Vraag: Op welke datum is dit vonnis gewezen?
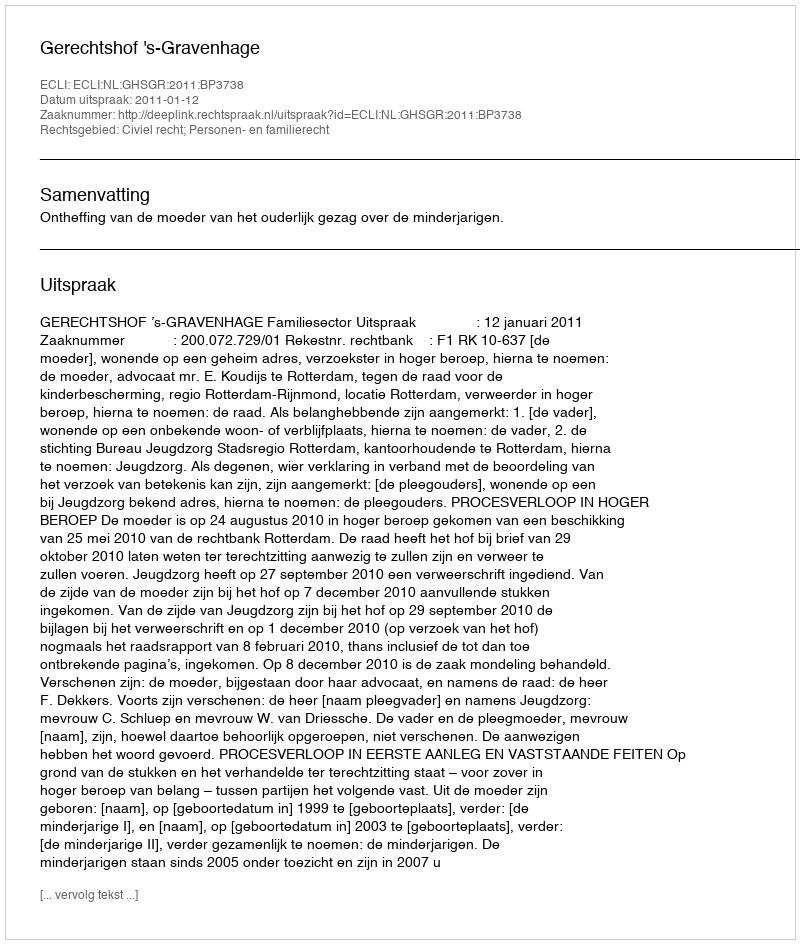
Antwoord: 2011-01-12